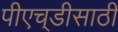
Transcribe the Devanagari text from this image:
पीएच्‌डीसाठी